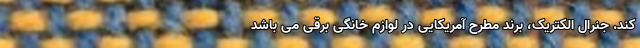
کند. جنرال الکتریک، برند مطرح آمریکایی در لوازم خانگی برقی می باشد